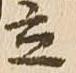
立